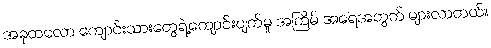
အခုတလော ကျောင်းသားတွေရဲ့ကျောင်းပျက်မှု အကြိမ် အရေအတွက် များလာတယ်။